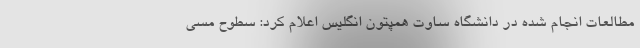
مطالعات انجام شده در دانشگاه ساوت همپتونِ انگلیس اعلام کرد: سطوح مسی